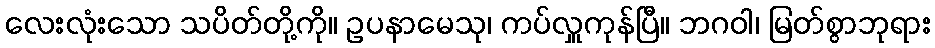
လေးလုံးသော သပိတ်တို့ကို။ ဥပနာမေသု၊ ကပ်လှူကုန်ပြီ။ ဘဂဝါ၊ မြတ်စွာဘုရား